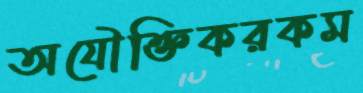
অযৌক্তিকরকম